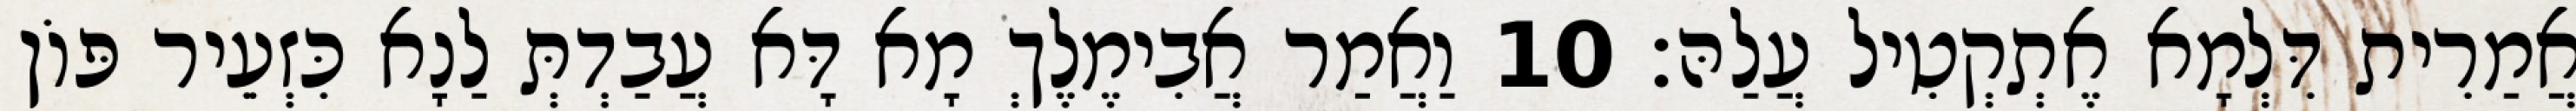
אֲמַרִית דִּלְמָא אֶתְקְטִיל עֲלַהּ׃ 10 וַאֲמַר אֲבִימֶלֶךְ מָא דָּא עֲבַדְתְּ לַנָא כִּזְעֵיר פּוֹן